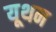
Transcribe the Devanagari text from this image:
यूथन